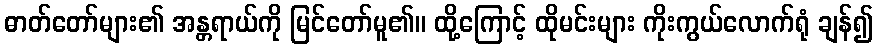
ဓာတ်တော်များ၏ အန္တရာယ်ကို မြင်တော်မူ၏။ ထို့ကြောင့် ထိုမင်းများ ကိုးကွယ်လောက်ရုံ ချန်၍